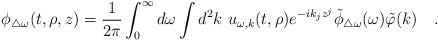
LaTeX: \begin{align*}\phi_{\triangle \omega}(t,\rho,z)= {1 \over 2\pi} \int_{0}^{\infty}d\omega\int d^2k~ u_{\omega,k}(t,\rho) e^{-ik_jz^j}\tilde{\phi}_{\triangle \omega}(\omega)\tilde{\varphi}(k)~~~.\end{align*}